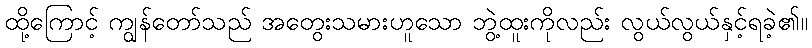
ထို့ကြောင့် ကျွန်တော်သည် အတွေးသမားဟူသော ဘွဲ့ထူးကိုလည်း လွယ်လွယ်နှင့်ရခဲ့၏။